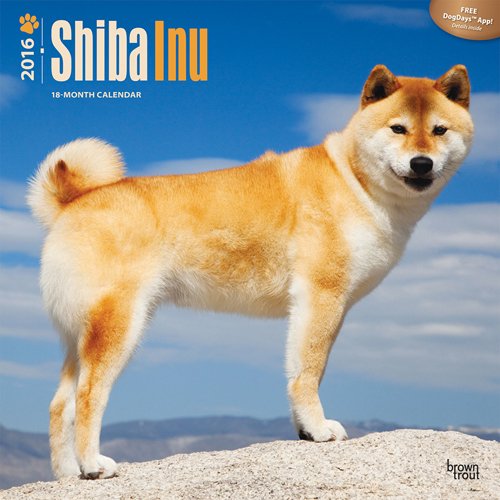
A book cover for Shiba Inu 2016 Square 12x12; Browntrout Publishers; Calendars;